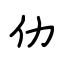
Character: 仂